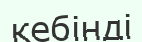
кебінді